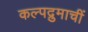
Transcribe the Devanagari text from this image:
कल्पद्रुमाचीं